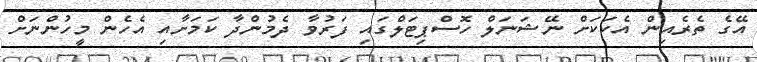
އޭގެ ތެރެއިން އެކަކަށް ނޭޝަނަލް ހޮސްޕިޓަލްގައި ފަރުވާ ދެމުންދާ ކަމަށާއި އެހެން މީހުންނަށް